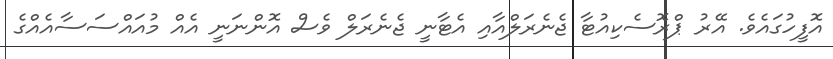
އޮފީހުގައެވެ. އޭރު ޕްރޮސެކިއުޓާ ޖެނެރަލްއާއި އެޓާނީ ޖެނެރަލް ވެސް އޮންނަނީ އެއް މުއައްސަސާއެއްގެ